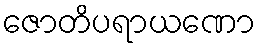
ဇောတိပရာယဏော